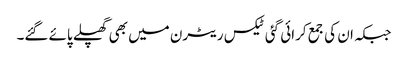
جبکہ ان کی جمع کرائی گئی ٹیکس ریٹرن میں بھی گھپلے پائے گئے۔